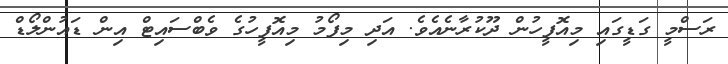
ރަސްމީ ގަޑީގައި މިއޮފީހުން ދޫކުރާނެއެވެ. އަދި މިފޯމު މިއޮފީހުގެ ވެބްސައިޓް އިން ޑައުންލޯޑް